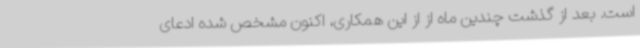
است. بعد از گذشت چندین ماه از از این همکاری، اکنون مشخص شده ادعای